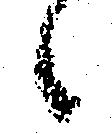
候